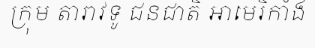
ក្រុម តារាវិទូ ជនជាតិ អាមេរិកាំង